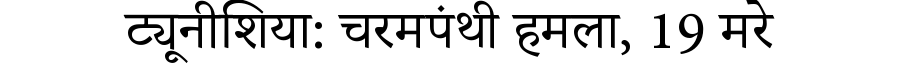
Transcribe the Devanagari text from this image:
ट्यूनीशिया: चरमपंथी हमला, 19 मरे